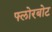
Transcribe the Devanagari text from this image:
फ्लोरबोट